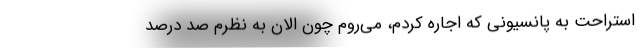
استراحت به پانسیونی که اجاره کردم، می‌روم چون الان به نظرم صد درصد